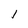
Character: l